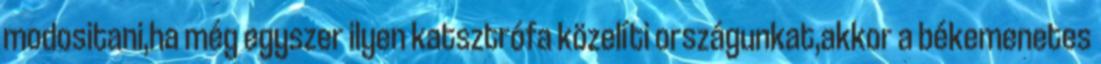
modositani,ha még egyszer ilyen katsztrófa közelíti országunkat,akkor a békemenetes